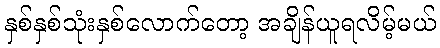
နှစ်နှစ်သုံးနှစ်လောက်တော့ အချိန်ယူရလိမ့်မယ်